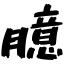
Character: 臆